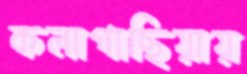
কলাগাছিয়ায়